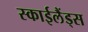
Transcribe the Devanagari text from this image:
स्‍काईलैंड्स